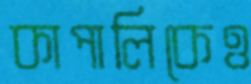
কাপালিকেও